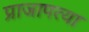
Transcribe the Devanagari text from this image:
प्राजापत्या